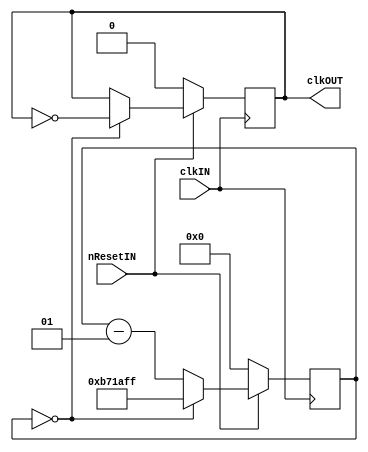
module ClkDivEn(
	input wire clkIN,
	input wire nResetIN,
	output reg clkOUT = 1'b0
	);

parameter clkFreq = 48_000_000;	// Input frequency, Hz
parameter outFreq = 2;          // Output frequency, Hz
integer   count;

always @ (posedge clkIN)
	if (~nResetIN) 
	  begin
		clkOUT <= 1'b0;
		count  <= 0;
	  end
	else 
	  if (count == 0) 
	    begin
		  clkOUT <= ~clkOUT;
		  count  <= ( clkFreq / ( 2*outFreq ) ) - 1;
	    end
	  else
		count <= count - 1;

endmodule